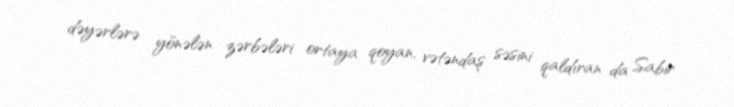
dəyərlərə yönələn zərbələri ortaya qoyan, vətəndaş səsini qaldıran da Sabir